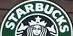
STARBUCKS